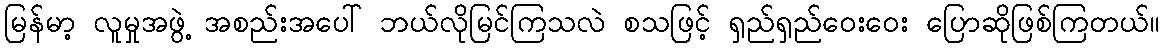
မြန်မာ့ လူမှုအဖွဲ့ အစည်းအပေါ် ဘယ်လိုမြင်ကြသလဲ စသဖြင့် ရှည်ရှည်ဝေးဝေး ပြောဆိုဖြစ်ကြတယ်။